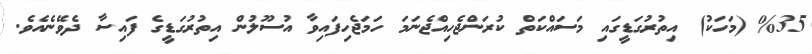
%35 (މަހަކު) އިތުރުގަޑީގައި މަސައްކަތް ކުރަންޖެހިއްޖެނަމަ ހަމަޖެހިފައިވާ އުސޫލުން އިތުރުގަޑީގެ ފައިސާ ދެވޭނެއެވެ.